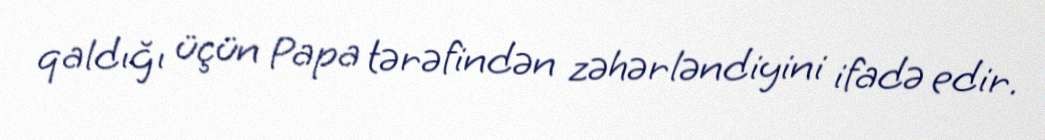
qaldığı üçün Papa tərəfindən zəhərləndiyini ifadə edir.